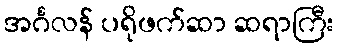
အင်္ဂလန် ပရိုဖက်ဆာ ဆရာကြီး